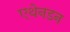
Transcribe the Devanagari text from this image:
एथेनडन